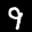
Label: 9